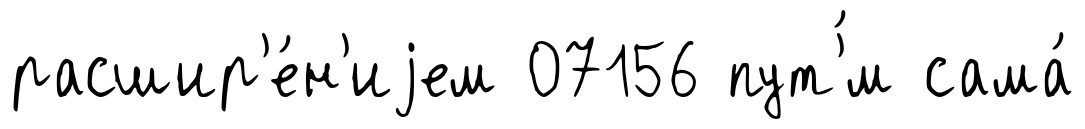
расшир'е́н'иjем 07156 пут'́м сама́